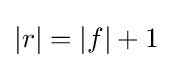
|r|=|f|+1